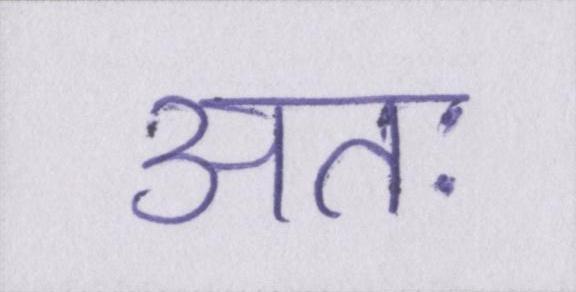
अतः